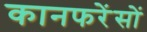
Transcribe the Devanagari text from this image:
कानफरेंसों